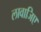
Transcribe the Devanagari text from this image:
लावाजिए